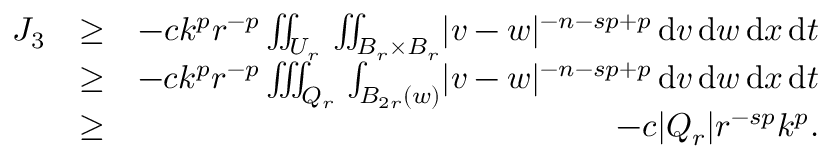
\begin{array} { r l r } { J _ { 3 } } & { \geq } & { - c k ^ { p } r ^ { - p } \iint _ { U _ { r } } \, \iint _ { B _ { r } \times B _ { r } } \lvert v - w \rvert ^ { - n - s p + p } \, \mathrm { d } v \, \mathrm { d } w \, \mathrm { d } x \, \mathrm { d } t } \\ & { \geq } & { - c k ^ { p } r ^ { - p } \iiint _ { Q _ { r } } \, \int _ { B _ { 2 r } ( w ) } \lvert v - w \rvert ^ { - n - s p + p } \, \mathrm { d } v \, \mathrm { d } w \, \mathrm { d } x \, \mathrm { d } t } \\ & { \geq } & { - c \lvert Q _ { r } \rvert r ^ { - s p } k ^ { p } . } \end{array}